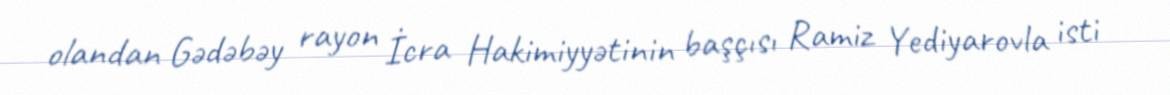
olandan Gədəbəy rayon İcra Hakimiyyətinin başçısı Ramiz Yediyarovla isti